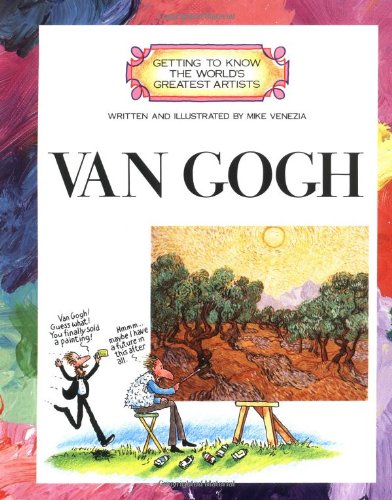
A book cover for Van Gogh (Getting to Know the World's Greatest Artists); Mike Venezia; Children's Books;